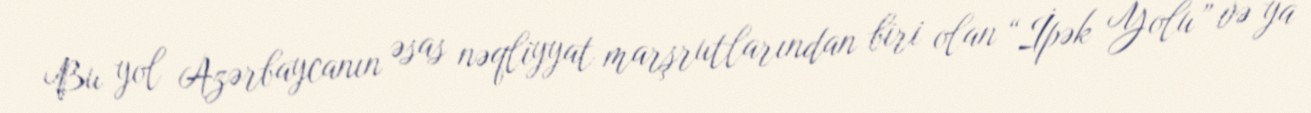
Bu yol Azərbaycanın əsas nəqliyyat marşrutlarından biri olan “İpək Yolu” və ya